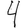
Digit: 4